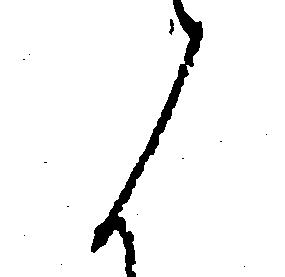
候